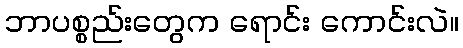
ဘာပစ္စည်းတွေက ရောင်း ကောင်းလဲ။